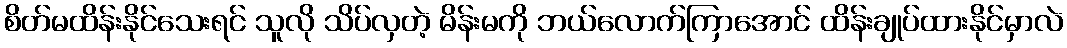
စိတ်မထိန်းနိုင်သေးရင် သူလို သိပ်လှတဲ့ မိန်းမကို ဘယ်လောက်ကြာအောင် ထိန်းချုပ်ထားနိုင်မှာလဲ